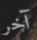
آخر